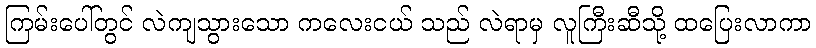
ကြမ်းပေါ်တွင် လဲကျသွားသော ကလေးငယ် သည် လဲရာမှ လူကြီးဆီသို့ ထပြေးလာကာ